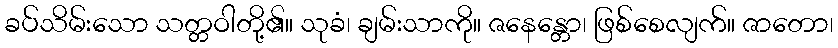
ခပ်သိမ်းသော သတ္တဝါတို့၏။ သုခံ၊ ချမ်းသာကို။ ဇနေန္တော၊ ဖြစ်စေလျက်။ ဇာတော၊